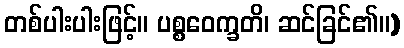
တစ်ပါးပါးဖြင့်။ ပစ္စဝေက္ခတိ၊ ဆင်ခြင်၏။)